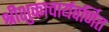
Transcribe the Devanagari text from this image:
श्रीशुकाचार्यवर्णित